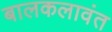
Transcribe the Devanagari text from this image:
बालकलावंत